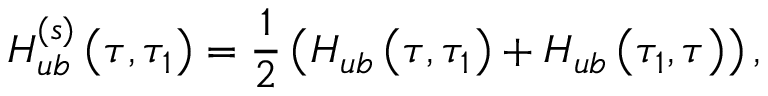
H _ { u b } ^ { ( s ) } \left( \tau , \tau _ { 1 } \right) = \frac { 1 } { 2 } \left( H _ { u b } \left( \tau , \tau _ { 1 } \right) + H _ { u b } \left( \tau _ { 1 } , \tau \right) \right) ,